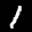
Label: 1